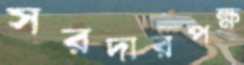
সরদারপক্ষ